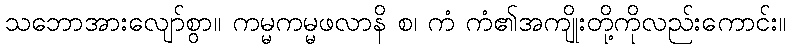
သဘောအားလျော်စွာ။ ကမ္မကမ္မဖလာနိ စ၊ ကံ ကံ၏အကျိုးတို့ကိုလည်းကောင်း။